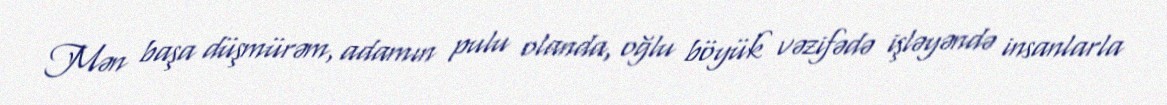
Mən başa düşmürəm, adamın pulu olanda, oğlu böyük vəzifədə işləyəndə insanlarla